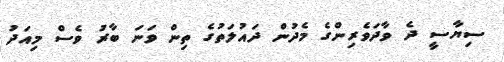
ސިޔާސީ ދެ ވާދަވެރިންގެ މެދުން ދައުލަތުގެ ތިން ވަނަ ބާރު ވެސް މިއަދު